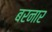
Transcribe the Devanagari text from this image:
बरनार